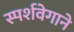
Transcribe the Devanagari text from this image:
स्पर्शवेगाने